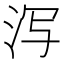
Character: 泻